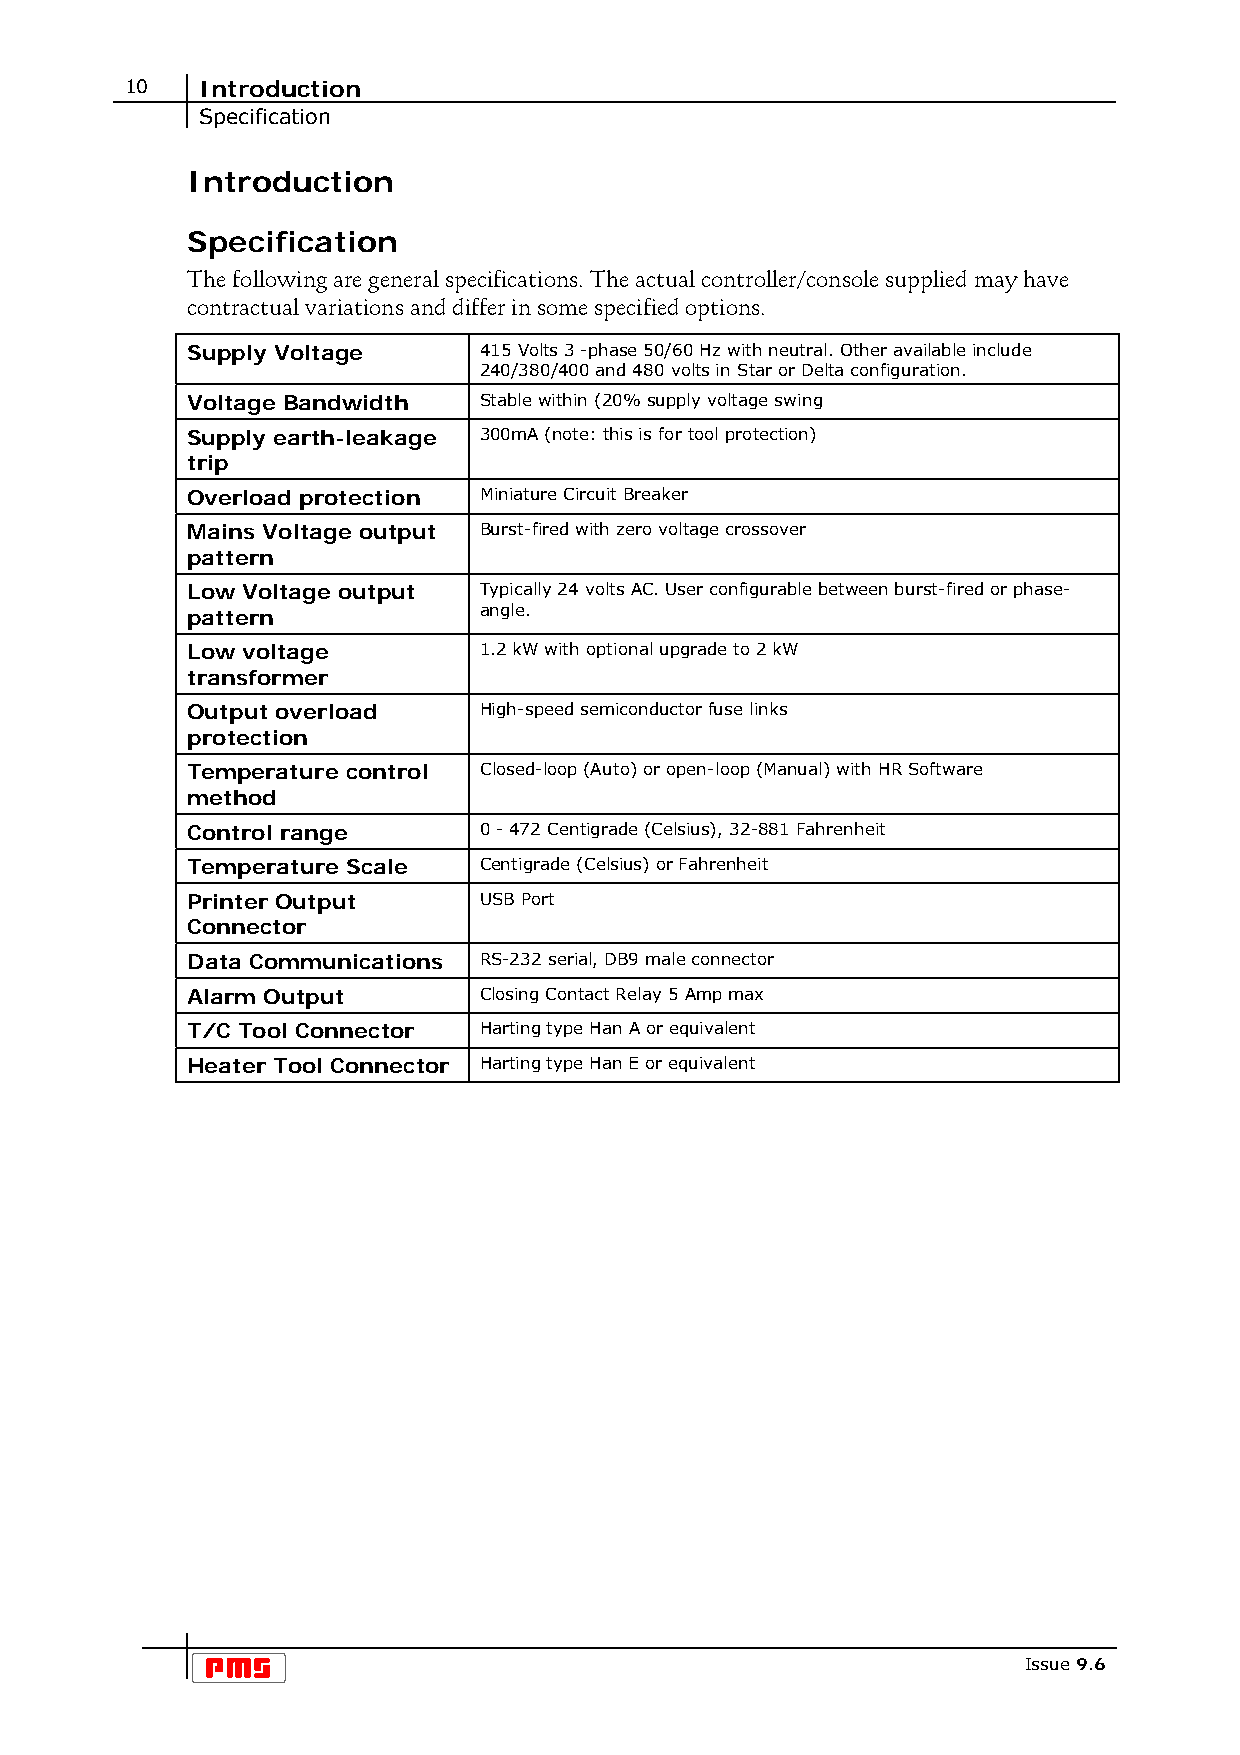
10   Introduction
 Specification
 Introduction
 Specification
 The following are general specifications. The actual controller/console supplied may have
 contractual variations and differ in some specified options.
 Supply Voltage      415 Volts 3 -phase 50/60 Hz with neutral. Other available include
 240/380/400 and 480 volts in Star or Delta configuration.
 Voltage Bandwidth   Stable within (20% supply voltage swing
 Supply earth-leakage 300mA (note: this is for tool protection)
 trip
 Overload protection Miniature Circuit Breaker
 Mains Voltage output Burst-fired with zero voltage crossover
 pattern
 Low Voltage output  Typically 24 volts AC. User configurable between burst-fired or phase-
 pattern             angle.
 Low voltage         1.2 kW with optional upgrade to 2 kW
 transformer
 Output overload     High-speed semiconductor fuse links
 protection
 Temperature control Closed-loop (Auto) or open-loop (Manual) with HR Software
 method
 Control range       0 - 472 Centigrade (Celsius), 32-881 Fahrenheit
 Temperature Scale   Centigrade (Celsius) or Fahrenheit
 Printer Output      USB Port
 Connector
 Data Communications RS-232 serial, DB9 male connector
 Alarm Output        Closing Contact Relay 5 Amp max
 T/C Tool Connector  Harting type Han A or equivalent
 Heater Tool Connector Harting type Han E or equivalent
 Issue 9.6